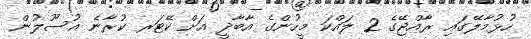
ހުޅުމާލޭގައި ރާއްޖޭގެ 2 ލައްކަ މީހުންގެ އާބާދީ އަށް ކޭޓަރ ކުރާނެ އުސޫލުން